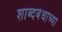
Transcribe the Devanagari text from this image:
शाब्दबंधाच्या